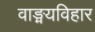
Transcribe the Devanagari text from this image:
वाङ्मयविहार